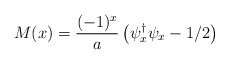
\begin{align*}M(x)=\frac{(-1)^x}{a}\left(\psi_x^{\dagger}\psi_x-1/2\right)\end{align*}